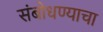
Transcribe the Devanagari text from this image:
संबोधण्याचा